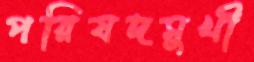
পরিষদমুখী